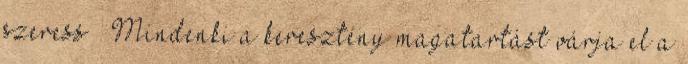
szeress ” Mindenki a keresztény magatartást várja el a